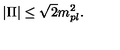
| \Pi | \leq \sqrt { 2 } m _ { p l } ^ { 2 } .